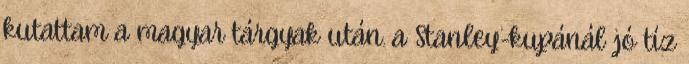
kutattam a magyar tárgyak után. a Stanley-kupánál jó tíz